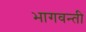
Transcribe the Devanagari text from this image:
भागवन्ती